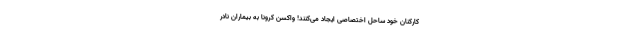
کارکنان خود ساحل اختصاصی ایجاد می‌کنند! واکسن کرونا به بیماران نادر